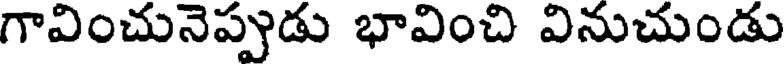
గావించునెప్పుడు భావించి వినుచుండు